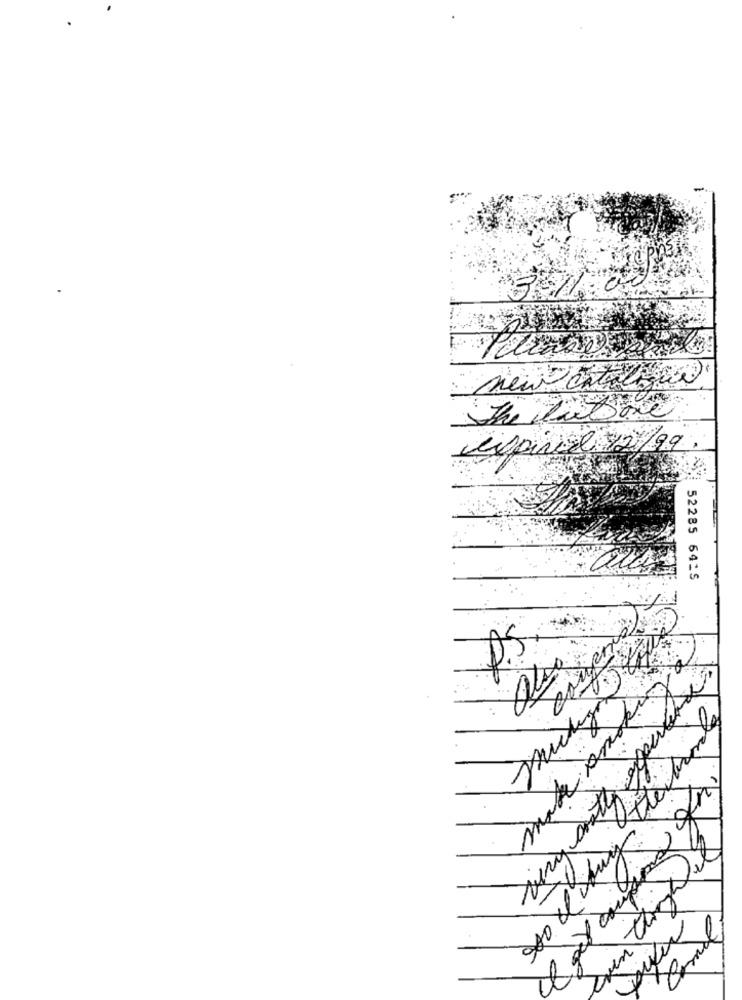
new catalique
the libre
espiriel 12/99
52285 6425
make prise